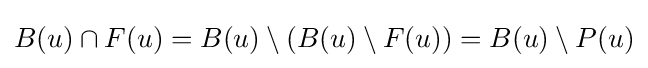
B(u)\cap F(u)=B(u)\setminus (B(u)\setminus F(u))=B(u)\setminus P(u)